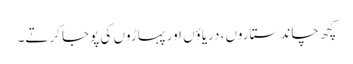
کچھ چاند ستاروں، دریاؤں اور پہاڑوں کی پوجا کرتے۔